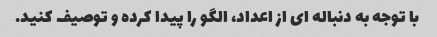
با توجه به دنباله ای از اعداد، الگو را پیدا کرده و توصیف کنید.